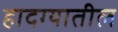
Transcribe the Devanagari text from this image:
हादग्यातील